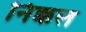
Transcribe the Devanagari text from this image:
निक्कल